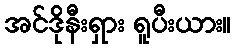
အင်ဒိုနီးရှား ရူပီးယား။